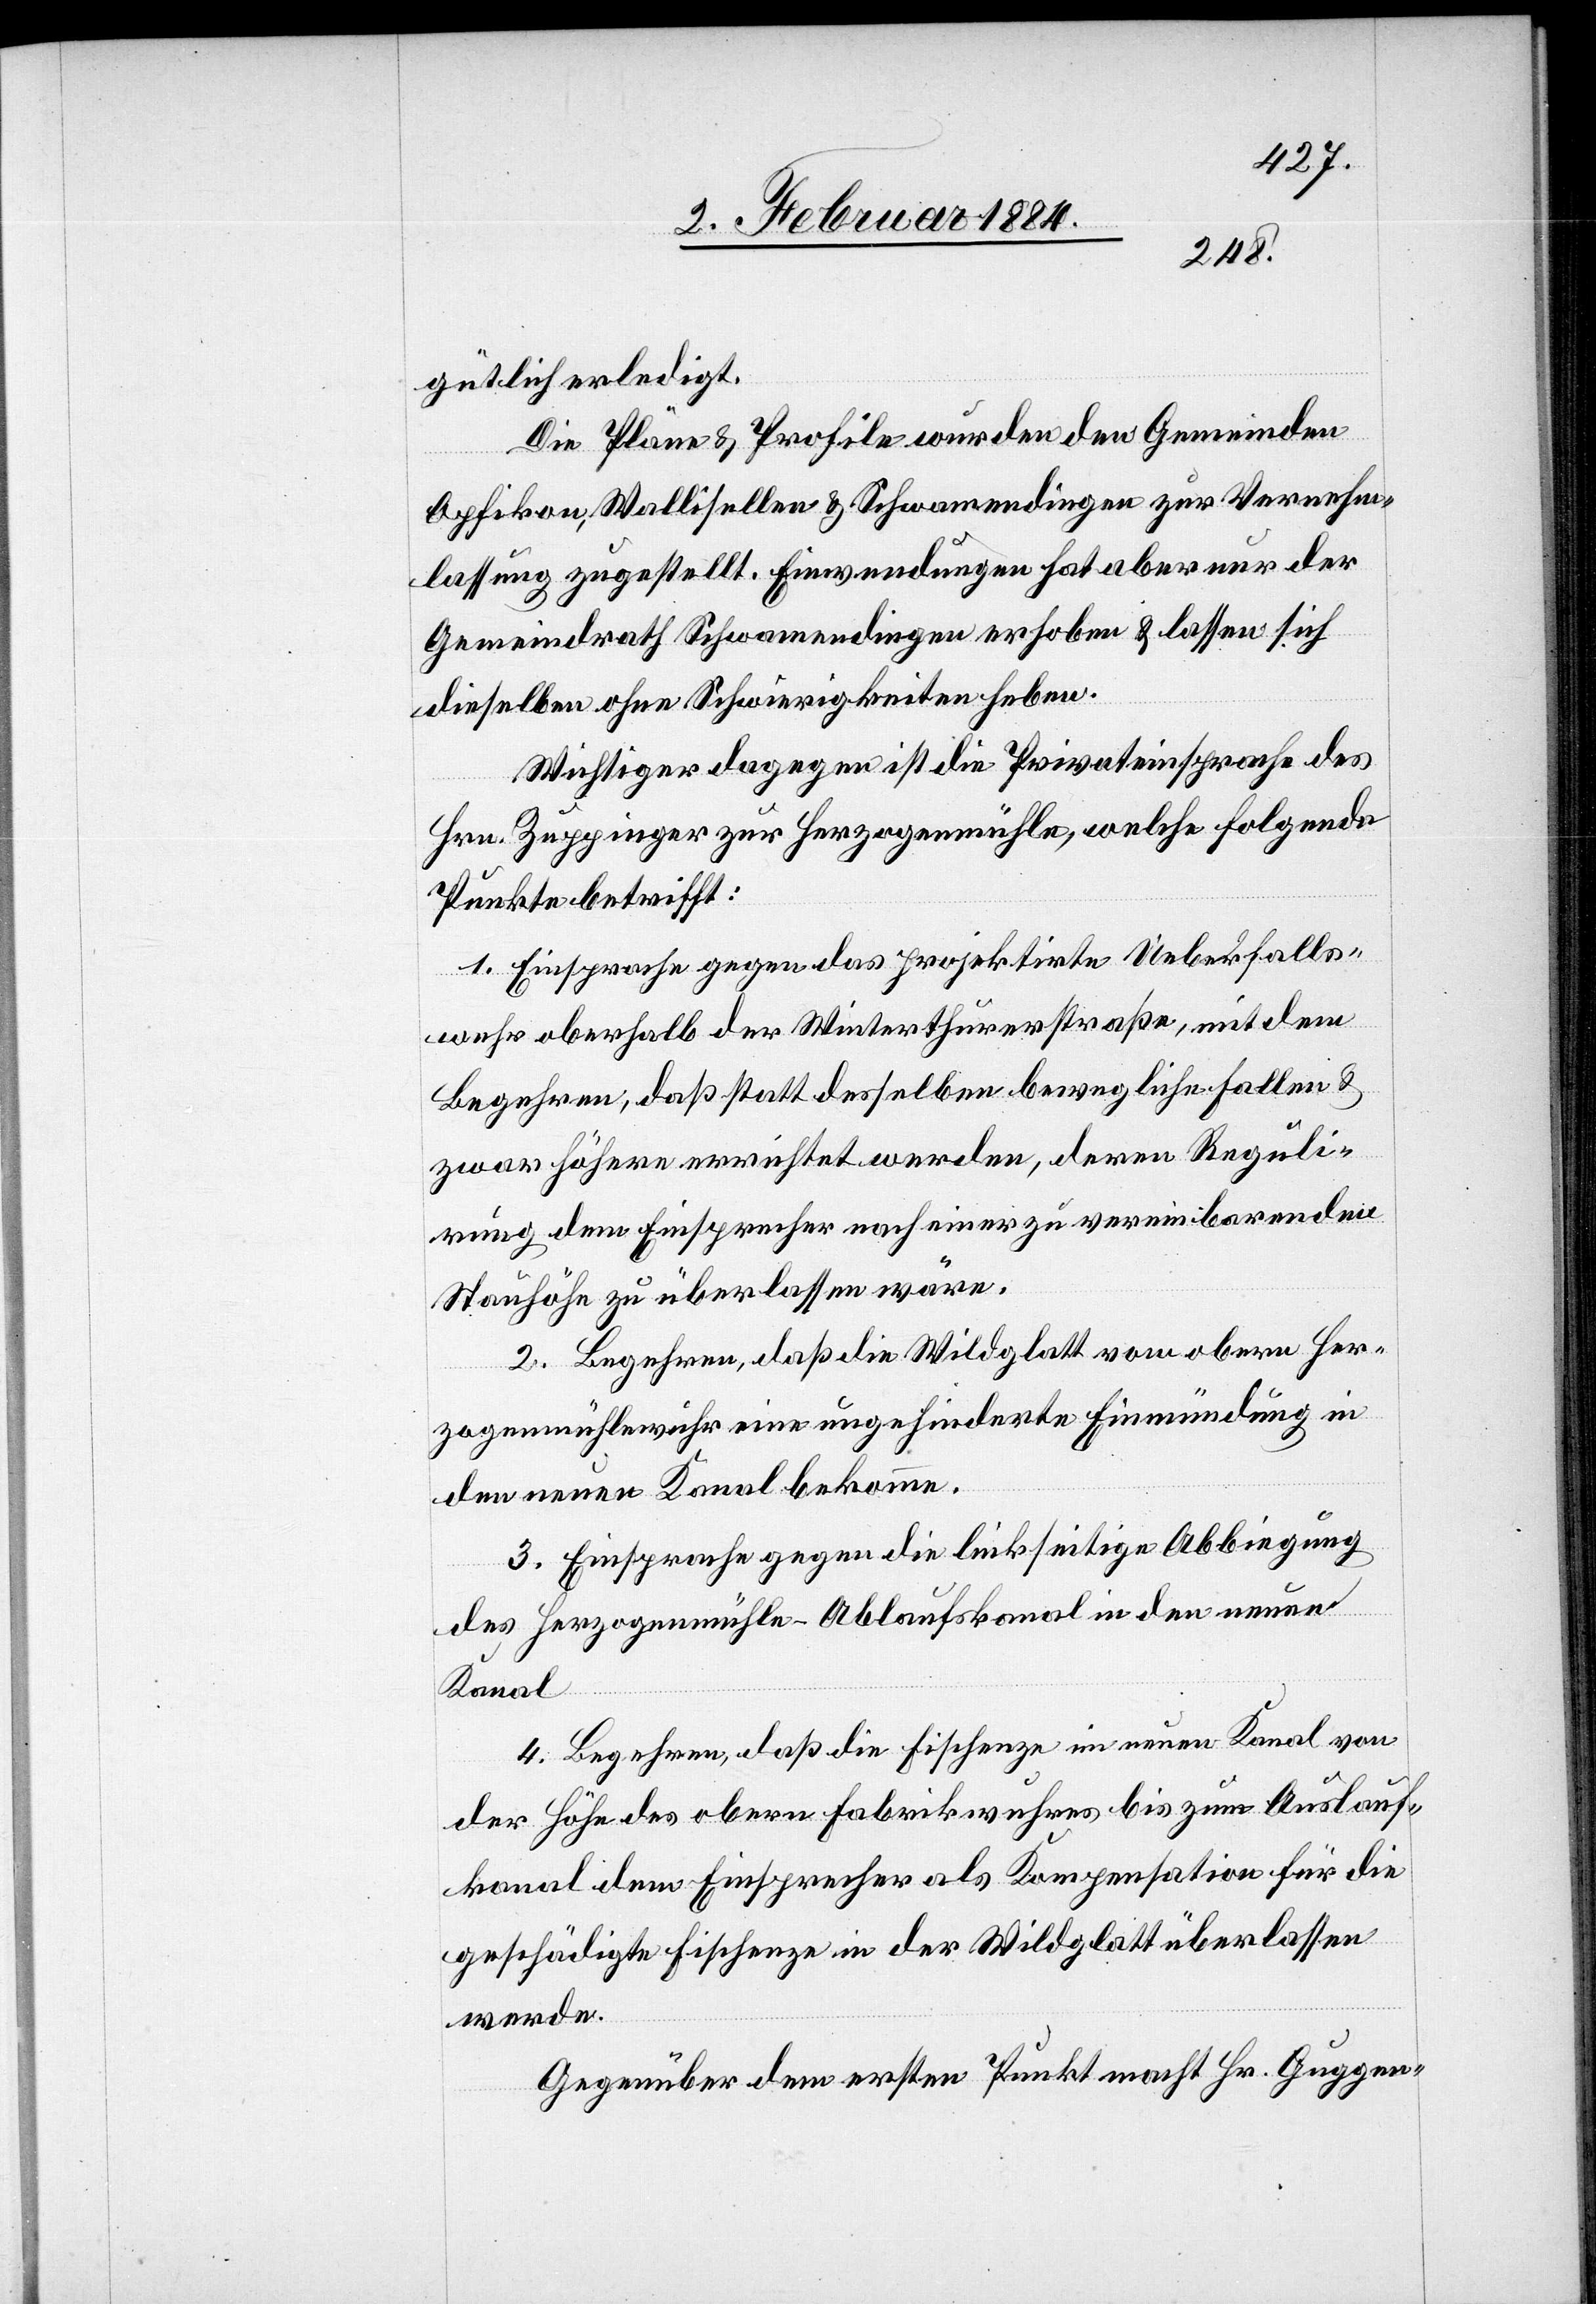
gütlich erledigt.
Die Pläne & Profile wurden den Gemeinden
Opfikon, Wallisellen & Schwamendingen zur Vernehm¬
lassung zugestellt. Einwendungen hat aber nur der
Gemeindrath Schwamendingen erhoben & lassen sich
dieselben ohne Schwierigkeiten heben.
Wichtiger dagegen ist die Privateinsprache des
Hrn. Zuppinger zur Herzogenmühle, welche folgende
Punkte betrifft:
1. Einsprache gegen das projektirte Ueberfalls¬
wehr oberhalb der Winterthurerstraße, mit dem
Begehren, daß statt desselben bewegliche Fallen &
zwar höhere erreicht werden, deren Reguli¬
erung dem Einsprecher nach einer zu vereinbarenden
Stauhöhe zu überlassen wäre.
2. Begehren, daß die Wildglatt vom obern Her¬
zogenmühlewuhr eine ungehinderte Einmündung in
den neuen Kanal bekomme.
3. Einsprache gegen die linkseitige Abbiegung
des Herzogenmühle-Ablaufkanal in den neuen
Kanal.
4. Begehren, daß die Fischenze im neuen Kanal von
der Höhe des obern Fabrikwuhres bis zum Auslauf¬
kanal dem Einsprecher als Kompensation für die
geschädigte Fischenze in der Wildglatt überlassen
werde.
Gegenüber dem ersten Punkt macht Hr. Guggen-